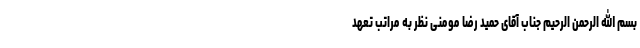
بسم الله الرحمن الرحیم جناب آقای حمید رضا مومنی نظر به مراتب تعهد